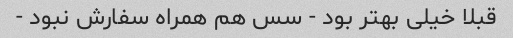
قبلا خیلی بهتر بود - سس هم همراه سفارش نبود -